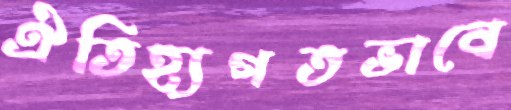
ঐতিহ্যগতভাবে